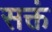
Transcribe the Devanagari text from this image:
सक्तं